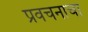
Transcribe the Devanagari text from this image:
प्रवचनाचा